system: You are a helpful assistant.
user:
Analyze the provided spectrum to determine if it is a **Carbon Star (C-type)**.

- **Key Visual Indicators of Carbon Star:**
    - **(Primary):** Strong molecular absorption from **C₂ (diatomic carbon) "Swan Bands."** This is the **defining feature** of a carbon star.
        - **(Key Bandheads):** Sharp absorption edges are visible at approximately $5635$ Å, $5165$ Å (the strongest band), and $4737$ Å.
        - **(Line Profile):** Creates a distinct **"saw-tooth"** pattern. The key morphology is a sharp, steep bandhead on the **red (long-wavelength) side**, which then gradually tapers off (i.e., flux recovers) towards the **blue (short-wavelength) side**. *(This is the direct opposite of the TiO bands seen in M-type stars)*.

    - **(Secondary):** Intense **CN (cyanogen)** molecular absorption bands.
        - **(Key Bandheads):** Located in the blue and violet regions of the spectrum (e.g., near $4215$ Å and $3883$ Å).
        - **(Morphology):** These bands are extremely broad and act as a "blanket," absorbing the vast majority of blue and violet light. This creates a characteristic **"cliff"** or **"steep drop-off"** in the spectrum's flux at short wavelengths.

    - **(Key Confirmation):** Strong **CH absorption band (G-band)**.
        - **(Key Bandhead):** Located around $4300$ Å. The contribution from CH molecules to this band is exceptionally strong.

    - **(Overall Spectrum):**
        - The continuum is severely "chopped up" by these deep molecular bands, especially C₂, rather than appearing as a smooth curve.
        - Due to the heavy CN and C₂ absorption in the blue-green, the vast majority of the star's flux is concentrated in the red part of the spectrum, giving the star its characteristic deep red color.

Think first, call **spectral_visualization_tool** if needed to examine features in detail, then provide your final answer. Your response must adhere to the following strict rules:
1.  **Overall Structure:** Your response must follow the format `<think>...</think> <tool_call>...</tool_call> (if a tool is used) <answer>...</answer>`.
2.  **Tool Usage Constraint:** You may only make **one** tool call per turn.
3.  **Final Answer Format:** In the `<answer>` tag, your conclusion must be inside a `\boxed{}` command (e.g., `\boxed{YES}`), followed by your justification.

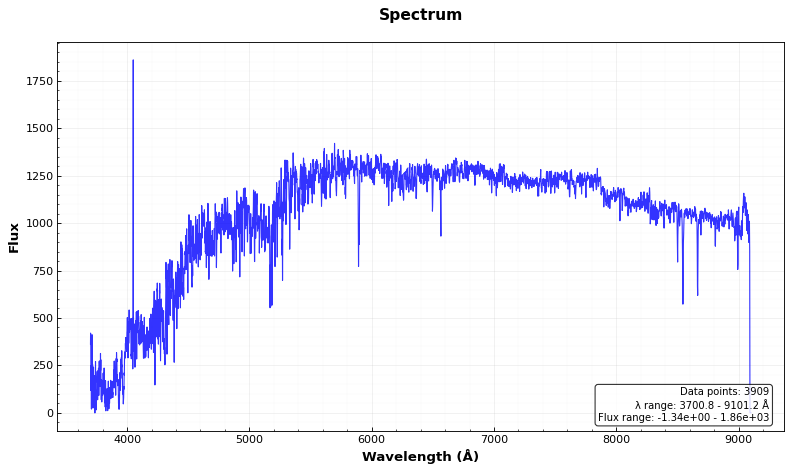
Answer: NO